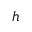
h